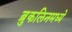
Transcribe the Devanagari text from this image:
ब्रुकलिनमध्ये